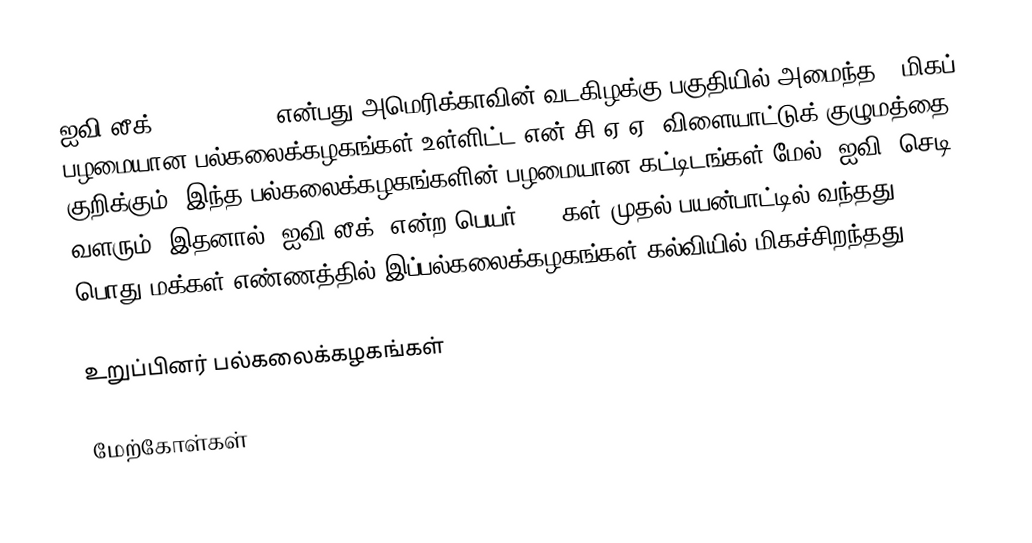
ஐவி லீக் (Ivy League) என்பது அமெரிக்காவின் வடகிழக்கு பகுதியில் அமைந்த 8 மிகப் பழமையான பல்கலைக்கழகங்கள் உள்ளிட்ட என்.சி.ஏ.ஏ. விளையாட்டுக் குழுமத்தை குறிக்கும். இந்த பல்கலைக்கழகங்களின் பழமையான கட்டிடங்கள் மேல் "ஐவி" செடி வளரும்; இதனால் "ஐவி லீக்" என்ற பெயர் 1930கள் முதல் பயன்பாட்டில் வந்தது. பொது மக்கள் எண்ணத்தில் இப்பல்கலைக்கழகங்கள் கல்வியில் மிகச்சிறந்தது.

உறுப்பினர் பல்கலைக்கழகங்கள்

மேற்கோள்கள்